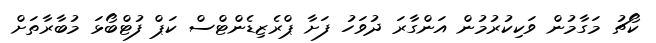
ކޯޗު މަގާމުން ވަކިކުރުމުން އަންގާރަ ދުވަހު ފަށާ ޕްރެޒިޑެންޓްސް ކަޕް ފުޓްބޯޅަ މުބާރާތަށް